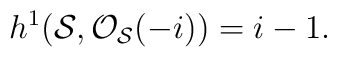
h^{1}({\cal S}, {\cal O}_{\cal S}(-i)) = i-1.